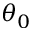
\theta _ { 0 }